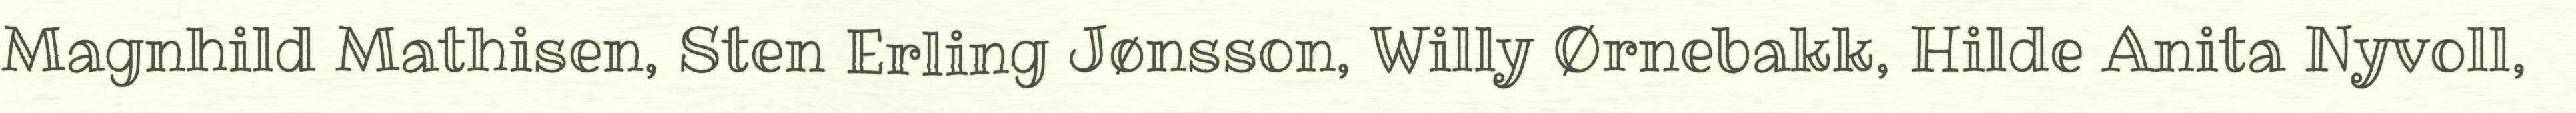
Magnhild Mathisen, Sten Erling Jønsson, Willy Ørnebakk, Hilde Anita Nyvoll,